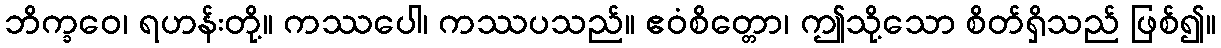
ဘိက္ခဝေ၊ ရဟန်းတို့။ ကဿပေါ၊ ကဿပသည်။ ဧဝံစိတ္တော၊ ဤသို့သော စိတ်ရှိသည် ဖြစ်၍။